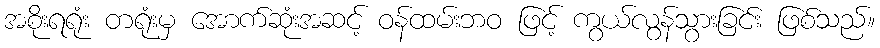
အစိုးရရုံး တရုံးမှ အောက်ဆုံးအဆင့် ဝန်ထမ်းဘဝ ဖြင့် ကွယ်လွန်သွားခြင်း ဖြစ်သည်။